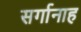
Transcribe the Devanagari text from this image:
सर्गानाह